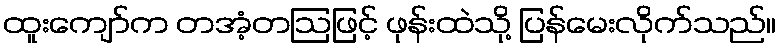
ထူးကျော်က တအံ့တဩဖြင့် ဖုန်းထဲသို့ ပြန်မေးလိုက်သည်။